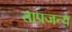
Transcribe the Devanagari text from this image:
तापजन्य